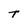
Character: T